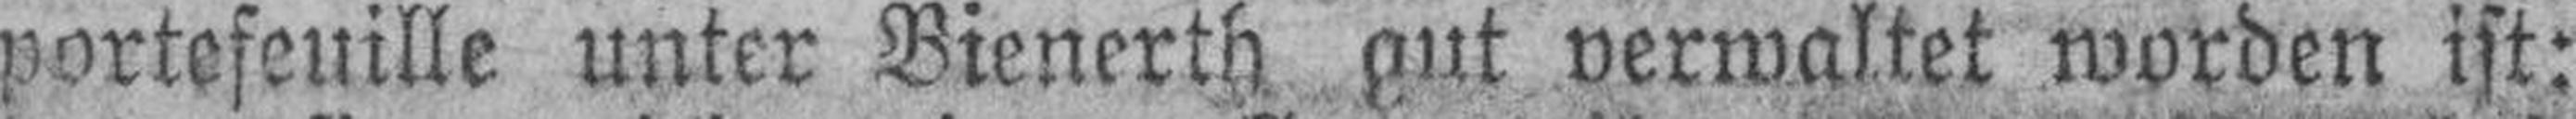
portefeuille unter Bienerth. gut verwaltet worden ist: